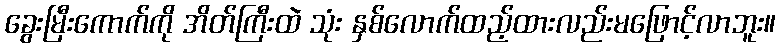
ခွေးမြီးကောက်ကို အိတ်ကြီးထဲ သုံး နှစ်လောက်ထည့်ထားလည်းမဖြောင့်လာဘူး။